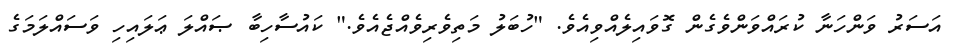
އަސަރު ވަންހަނާ ކުރައްވަންވެގެން ގޮވައިލެއްވިއެވެ. "ހުބަލު މަތިވެރިވެއްޖެއެވެ." ކައުސާހިބާ ޞައްލަ ޢަލައިހި ވަސައްލަމަގެ